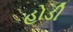
હોડી